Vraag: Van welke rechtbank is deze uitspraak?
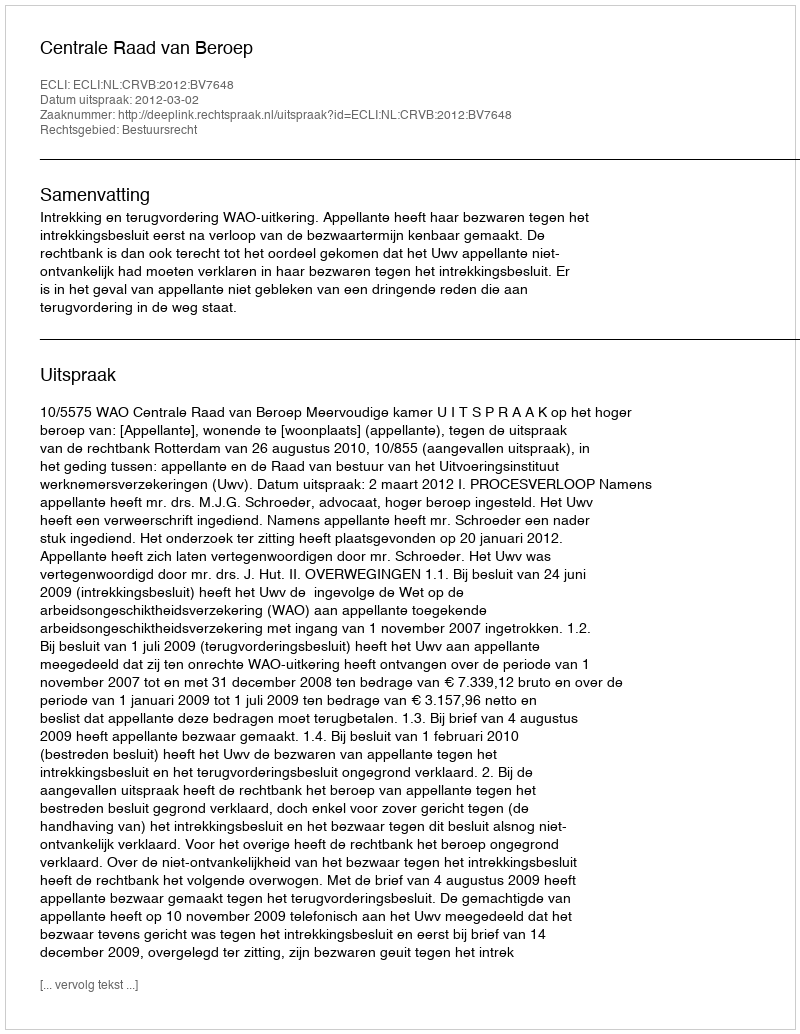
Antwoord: Centrale Raad van Beroep